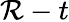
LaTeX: \mathcal{R}-t